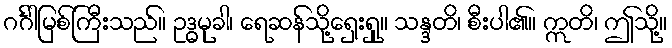
ဂင်္ဂါမြစ်ကြီးသည်။ ဥဒ္ဓမုခါ၊ ရေဆန်သို့ရှေးရှု။ သန္ဒတိ၊ စီးပါ၏။ ဣတိ၊ ဤသို့။